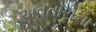
અવતારોના